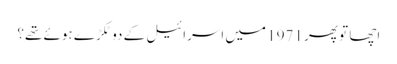
اچھا تو پھر 1971 میں اسرائیل کے دو ٹکڑے ہوئے تھے؟